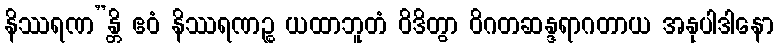
နိဿရဏ”န္တိ ဧဝံ နိဿရဏဉ္စ ယထာဘူတံ ဝိဒိတွာ ဝိဂတဆန္ဒရာဂတာယ အနုပါဒါနော